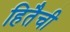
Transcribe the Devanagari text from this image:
हितैची